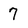
Character: 7